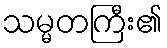
သမ္မတကြီး၏